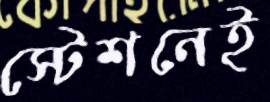
স্টেশনেই